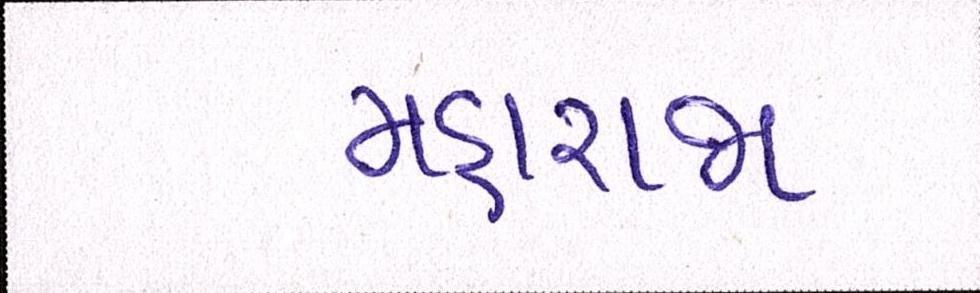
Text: મહારાજા